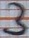
Text: 3